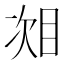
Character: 𬅧